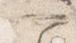
一